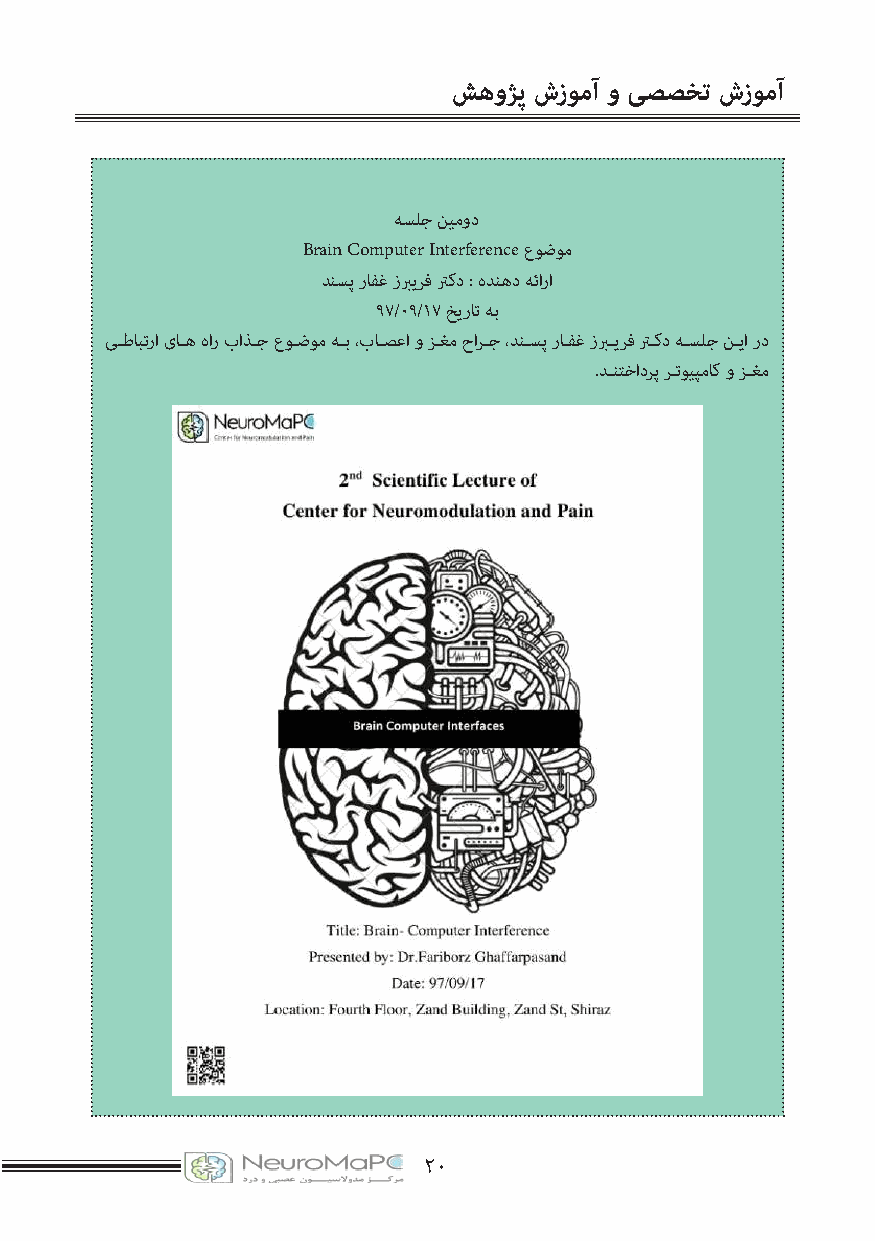
شهوژپ شزومآ و یصصخت شزومآ
 هسلج نیمود
 Brain Computer Interference عوضوم
 دنسپ رافغ زریرف ترکد : هدنهد هئارا
 97/۰۹/17 خیرات هب
 یــطابترا یاــه هار باذــج عوــضوم هــب ،باــصعا و زــغم حارــج ،دنــسپ راــفغ زرــیرف ترــکد هــسلج نــیا رد
 .دــنتخادرپ رــتویپماک و زــغم
 20